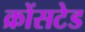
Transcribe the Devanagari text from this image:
क्रोंसटेड